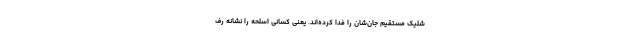
شلیک مستقیم جان‌شان را فدا کرده‌اند. یعنی کسانی اسلحه را نشانه رف